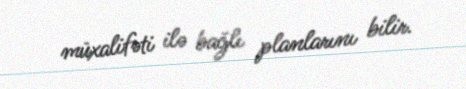
müxalifəti ilə bağlı planlarını bilir.